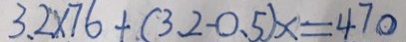
3 . 2 \times 7 6 + ( 3 . 2 - 0 . 5 ) x = 4 7 0